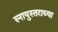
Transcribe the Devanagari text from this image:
स्नायुस्तराच्या